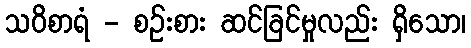
သဝိစာရံ - စဉ်းစား ဆင်ခြင်မှုလည်း ရှိသော၊